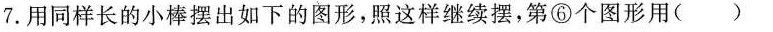
7.用同样长的小棒摆出如下的图形，照这样继续摆，第⑥个图形用( )